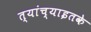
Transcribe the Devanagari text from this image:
त्यांच्याइतके